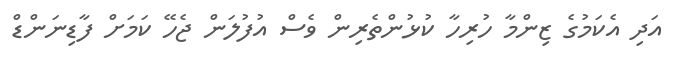
އަދި އެކަމުގެ ޒިންމާ ހުރިހާ ކުޅުންތެރިން ވެސް އުފުލަން ޖެހޭ ކަމަށް ފާޑިނަންޑް